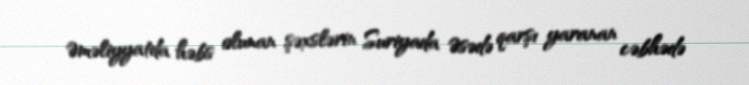
Əməliyyatda həbs olunan şəxslərin Suriyada Əsədə qarşı yaranan cəbhədə